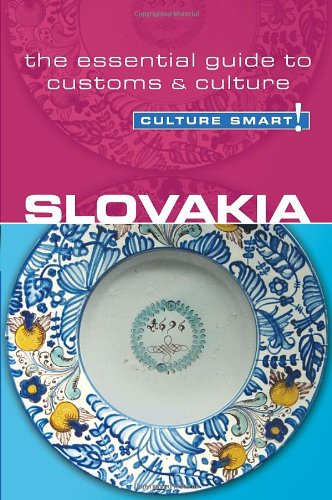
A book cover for Slovakia - Culture Smart!: The Essential Guide to Customs & Culture; Brendan Edwards; Business & Money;